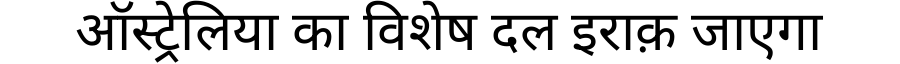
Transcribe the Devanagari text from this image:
ऑस्ट्रेलिया का विशेष दल इराक़ जाएगा